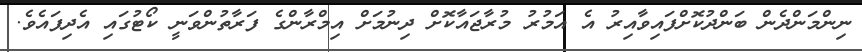
ނިންމަންދެން ބަންދުކޮށްފައިވާއިރު އެ އަމުރު މުރާޖައާކޮށް ދިނުމަށް އިމްރާންގެ ފަރާތުންވަނީ ކޯޓުގައި އެދިފައެވެ.